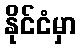
နိုင်ငံမှာ